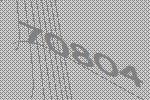
70804